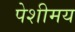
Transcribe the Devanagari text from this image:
पेशीमय